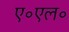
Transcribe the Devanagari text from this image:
ए॰एल॰